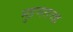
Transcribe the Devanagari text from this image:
मुद्रणतज्ज्ञ